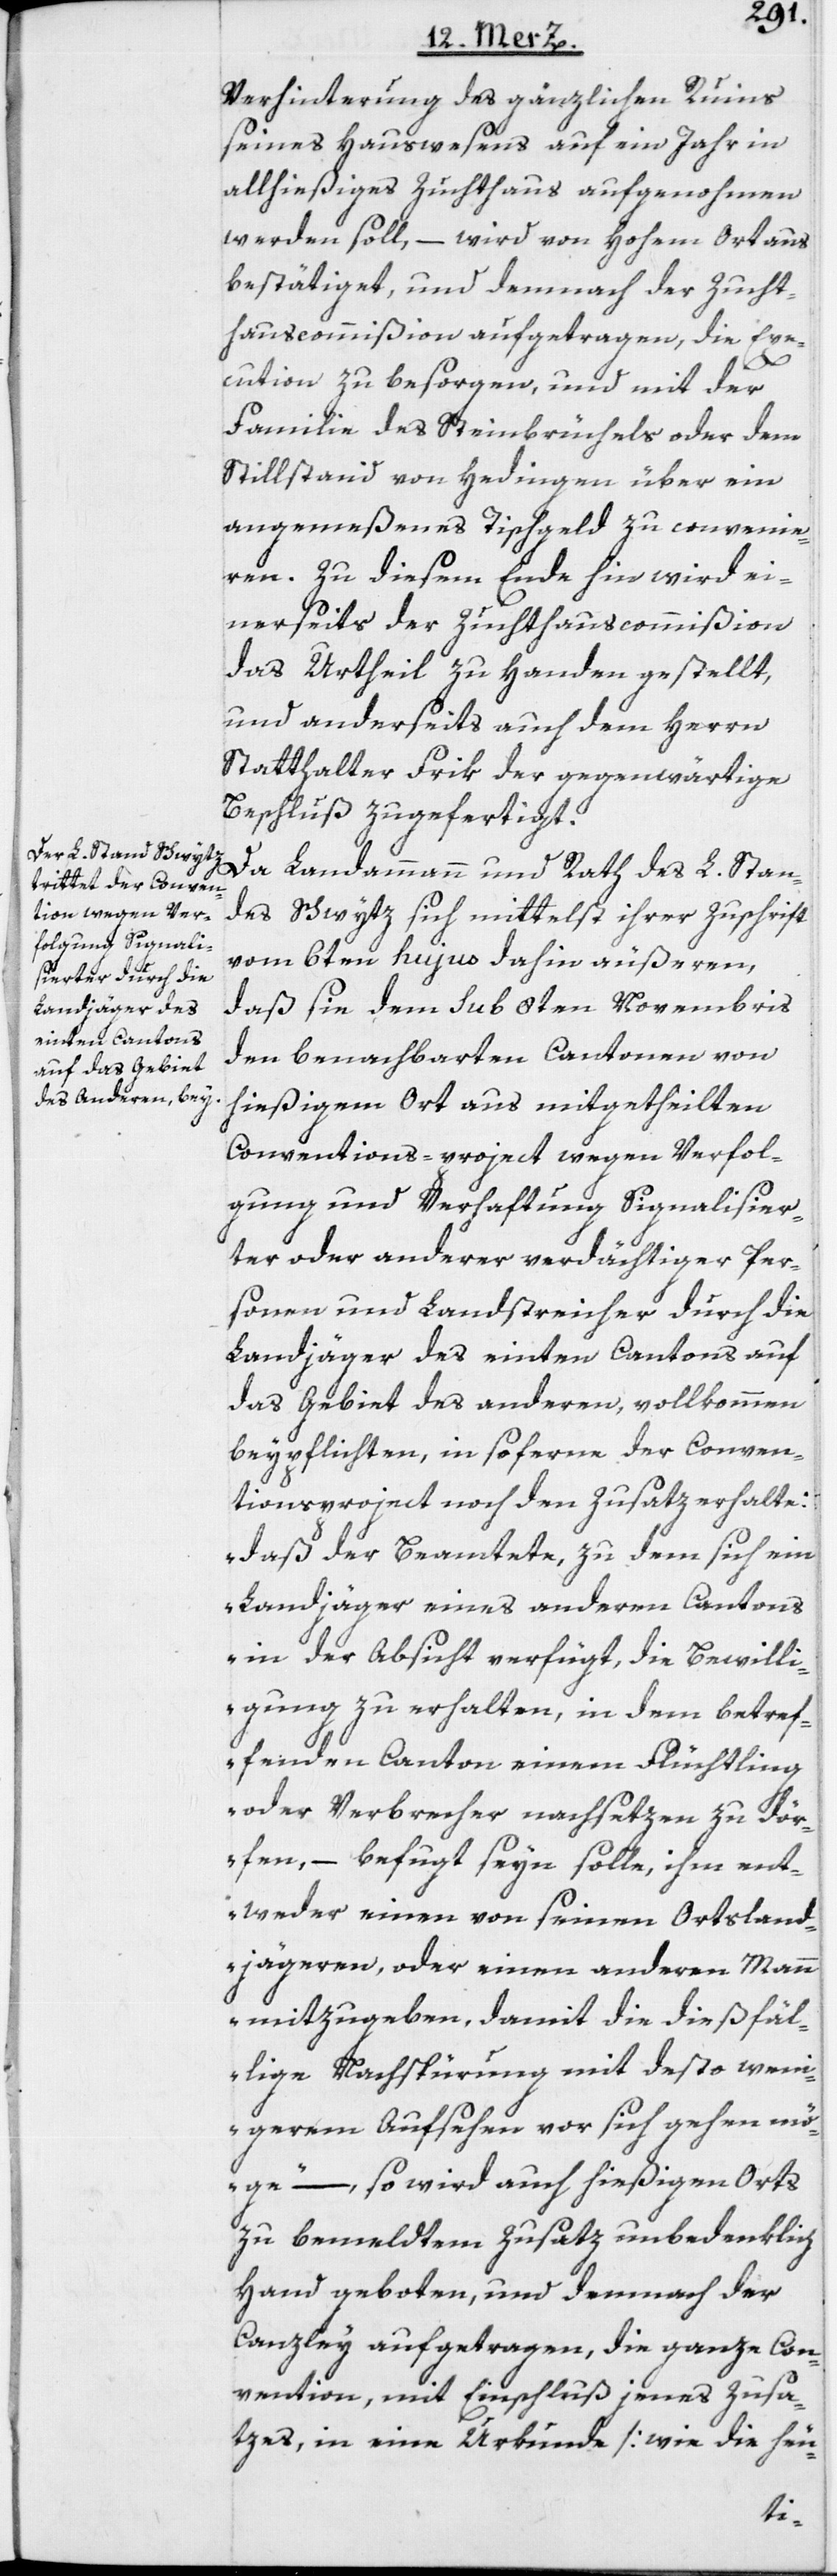
Verhinterung des gänzlichen Ruins
seines Hauswesens auf ein Jahr in
allhießiges Zuchthaus aufgenohmen
werden soll, – wird von hohem Ort aus
bestätiget, und demnach der Zucht¬
hauscommißion aufgetragen, die Exe¬
cution zu besorgen, und mit der
Familie des Steinbrüchels oder dem
Stillstand von Hedingen über ein
angemeßenes Tischgeld zu convenie¬
ren. Zu diesem Ende hin wird ei¬
nerseits der Zuchthauscommißion
das Urtheil zu Handen gestellt,
und anderseits auch dem Herrn
Statthalter Frik der gegenwärtige
Beschluß zugefertigt.
Da Landammann und Rath des L. Stan¬
des Schwytz sich mittelst ihrer Zuschrift
vom 6ten hujus dahin äußeren,
daß sie dem sub 8ten Novembris
den benachbarten Cantonen von
hießigem Ort aus mitgetheilten
Conventions-project wegen Verfol¬
gung und Verhaftung Signalisier¬
ter oder anderer verdächtiger Per¬
sonen und Landstreicher durch die
Landjäger des einten Cantons auf
das Gebiet des anderen, vollkommen
beypflichten, in soferne der Conven¬
tionsproject noch den Zusatz erhalte:
„daß der Beamtete, zu dem sich ein
Landjäger eines anderen Cantons
in der Absicht verfügt, die Bewilli¬
gung zu erhalten, in dem betref¬
fenden Canton einem Flüchtling
oder Verbrecher nachsetzen zu dör¬
fen, – befugt seyn solle, ihm ent¬
weder einen von seinen Ortsland¬
jägeren, oder einen anderen Mann
mitzugeben, damit die dießfäl¬
lige Nachspürung mit desto weni¬
gerem Aufsehen vor sich gehen mö¬
ge“ – so wird auch hießigen Orts
zu bemeldtem Zusatz unbedenklich
Hand geboten, und demnach der
Canzley aufgetragen, die ganze Con¬
vention, mit Einschluß jenes Zusa¬
tzes, in eine Urkunde [wie die heu-